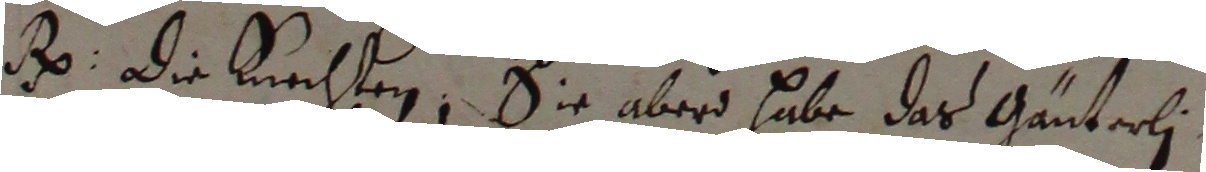
g Die kiechten, Sie aber habe das Gänterli